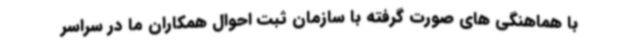
با هماهنگی های صورت گرفته با سازمان ثبت احوال همکاران ما در سراسر